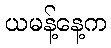
ယမန့်နေ့က